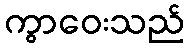
ကွာဝေးသည်